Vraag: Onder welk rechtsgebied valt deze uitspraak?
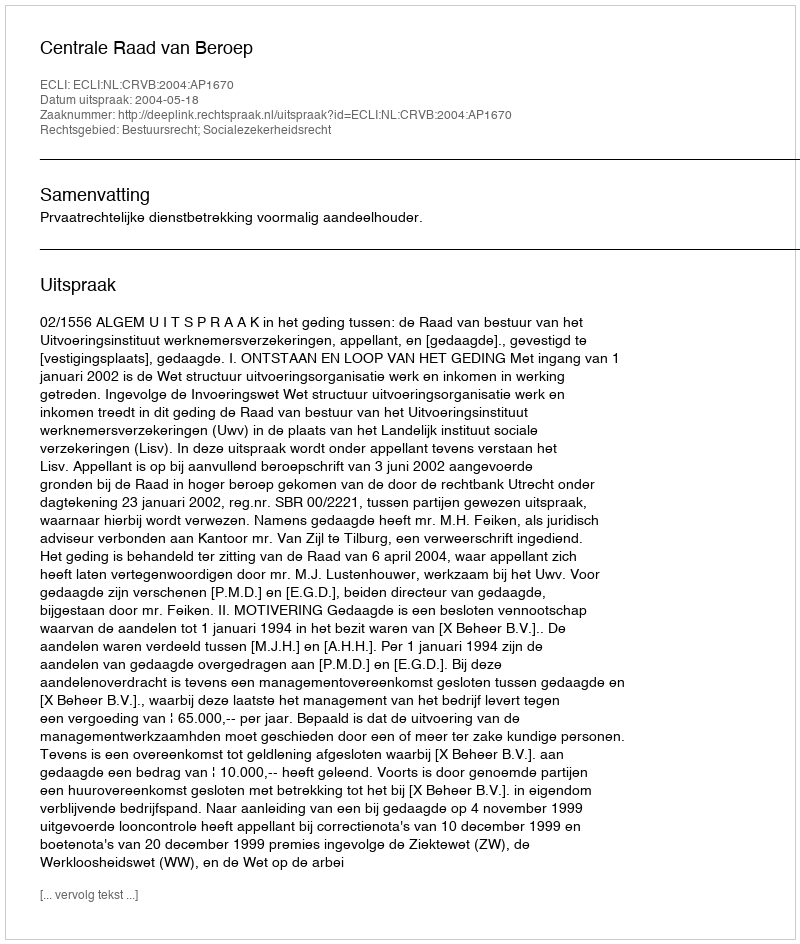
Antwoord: Bestuursrecht; Socialezekerheidsrecht